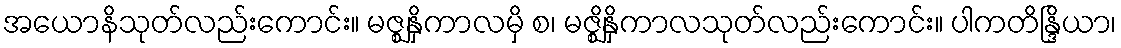
အယောနိသုတ်လည်းကောင်း။ မဇ္ဈနှိကာလမှိ စ၊ မဇ္ဈိနှိကာလသုတ်လည်းကောင်း။ ပါကတိန္ဒြိယာ၊